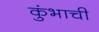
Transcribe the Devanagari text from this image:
कुंभाची